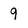
Character: 9